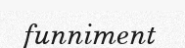
funniment